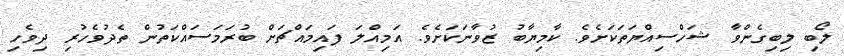
ލޯބި ލިބިގެންވާ ޝަހްސިއްޔަތަކަށެވެ. ކާމިޔާބު ޒުވާނަކަށެވެ. އަމިއްލަ ފައިމައްޗަށް ބުރަމަސައްކަތުން ތެދުވެހުރި ދިވެހި